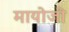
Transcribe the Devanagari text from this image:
मायोजी